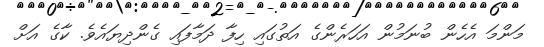
މަންމަ އެހެން ބުނަމުން އަހަރެންގެ އަތުގައި ހިފާ ދަމާފައި ގެންދިޔައެވެ. ކާގެ އަށް